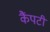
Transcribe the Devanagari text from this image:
कैंपटी